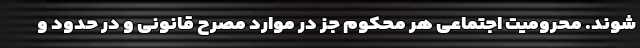
شوند. محرومیت اجتماعی هر محکوم جز در موارد مصرح قانونی و در حدود و